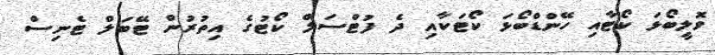
ވޮލީބޯޅަ ކޯޓާއި ހޭންޑްބޯޅަ ކޯޓަކާއި ދެ ފުޓްސަލް ކޯޓުގެ އިތުރުން ޓޭބަލް ޓެނިސް